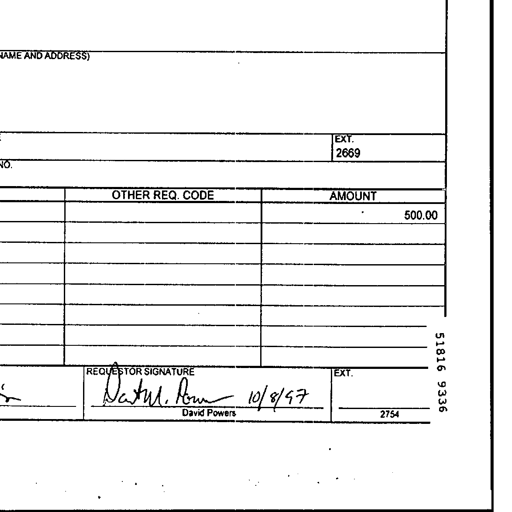
NAME AND ADDRESS)
EXT.
2669
NO.
OTHER REQ. CODE AMOUNT
500.00
REQUESTOR SIGNATURE EXT.
David Powers 10/8/97
David Powers 2754
51816 9336